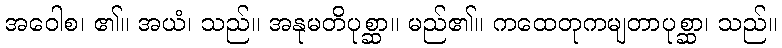
အဝေါစ၊ ၏။ အယံ၊ သည်။ အနုမတိပုစ္ဆာ။ မည်၏။ ကထေတုကမျတာပုစ္ဆာ၊ သည်။